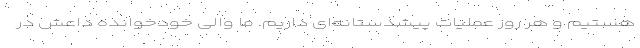
هستیم و هر روز عملیات پیشدستانه‌ای داریم. ما والی خودخوانده داعش در